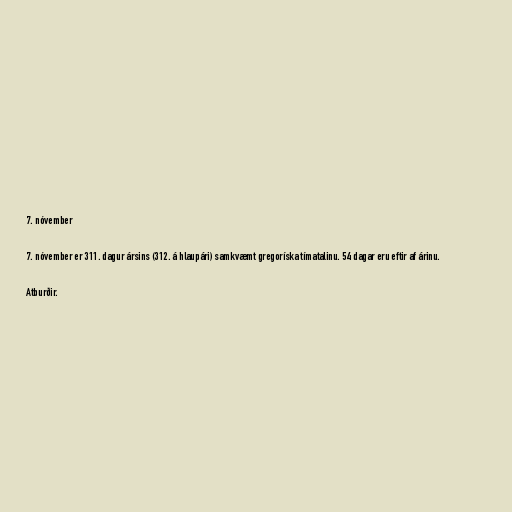
7. nóvember

7. nóvember er 311. dagur ársins (312. á hlaupári) samkvæmt gregoríska tímatalinu. 54 dagar eru eftir af árinu.

Atburðir.